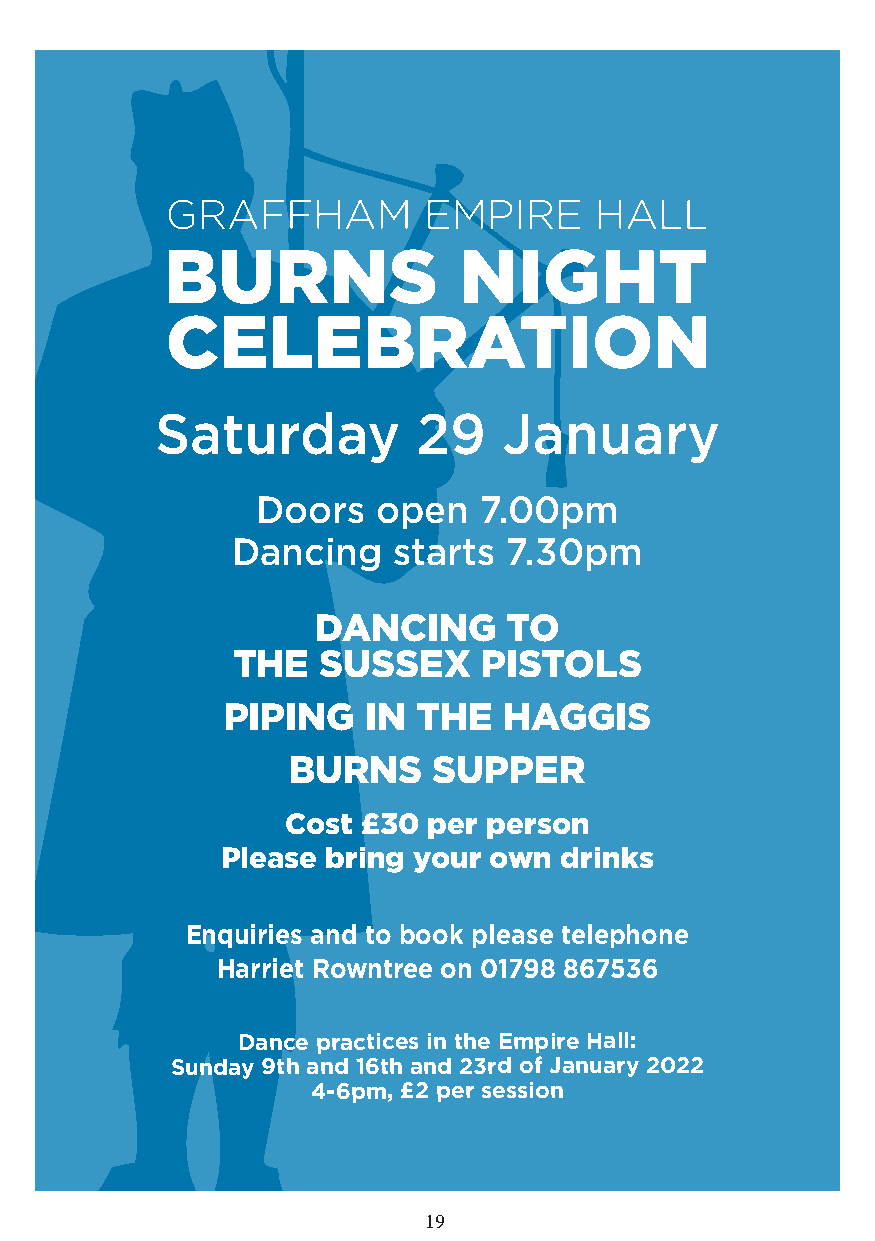
Saturday          29   January
 Doors   open   7.00pm
 Dancing    starts  7.30pm
 DANCING     TO
 THE   SUSSEX     PISTOLS
 PIPING   IN  THE  HAGGIS
 BURNS     SUPPER
 Cost £30 per person
 Please bring your own drinks
 Enquiries and to book please telephone
 Harriet Rowntree on 01798 867536
 Dance practices in the Empire Hall:
 Sunday 9th and 16th and 23rd of January 2022
 4-6pm, £2 per session
 19